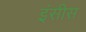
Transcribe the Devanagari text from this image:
इंसीस